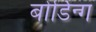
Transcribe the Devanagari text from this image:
बोर्डिन्ग